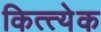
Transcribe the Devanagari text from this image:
कित्त्येक